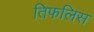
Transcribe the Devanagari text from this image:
तिफलिस